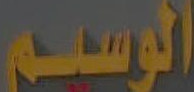
الوسيم